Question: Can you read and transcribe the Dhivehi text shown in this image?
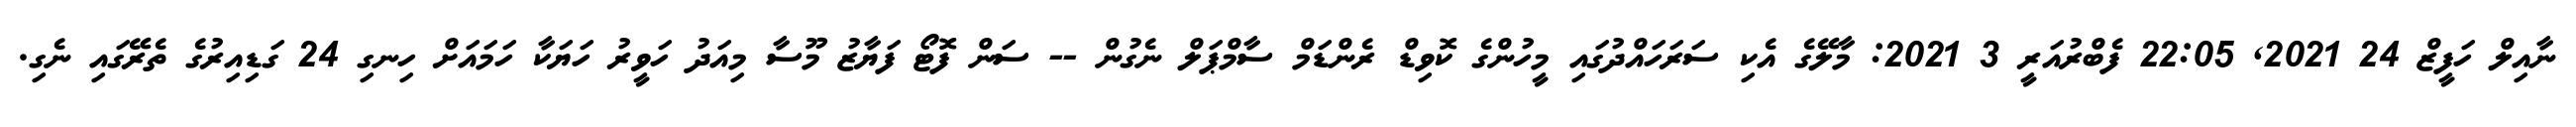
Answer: ނާއިލް ހަފީޒް 24 2021, 22:05 ފެބްރުއަރީ 3 2021: މާލޭގެ އެކި ސަރަހައްދުގައި މީހުންގެ ކޮވިޑް ރެންޑަމް ސާމްޕަލް ނެގުން -- ސަން ފޮޓޯ ފަޔާޒު މޫސާ މިއަދު ހަވީރު ހަޔަކާ ހަމައަށް ހިނގި 24 ގަޑިއިރުގެ ތެރޭގައި ނެގި.